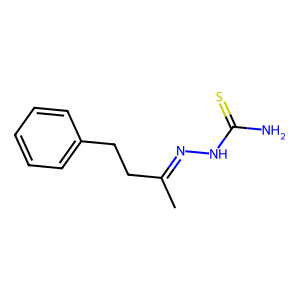
SMILES: CC(CCc1ccccc1)=NNC(N)=S
Inhibits HIV replication: No